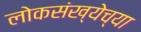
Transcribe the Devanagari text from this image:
लोकसंख्‍येच्‍या